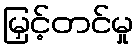
မြှင့်တင်မှု